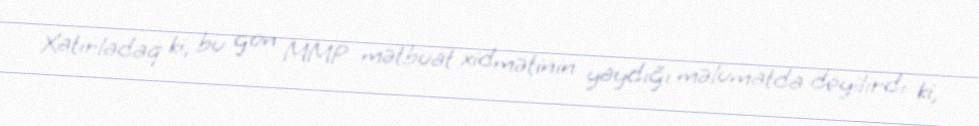
Xatırladaq ki, bu gün MMP mətbuat xidmətinin yaydığı məlumatda deyilirdi ki,